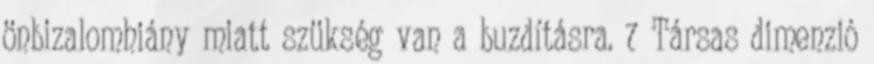
önbizalomhiány miatt szükség van a buzdításra. 7 Társas dimenzió